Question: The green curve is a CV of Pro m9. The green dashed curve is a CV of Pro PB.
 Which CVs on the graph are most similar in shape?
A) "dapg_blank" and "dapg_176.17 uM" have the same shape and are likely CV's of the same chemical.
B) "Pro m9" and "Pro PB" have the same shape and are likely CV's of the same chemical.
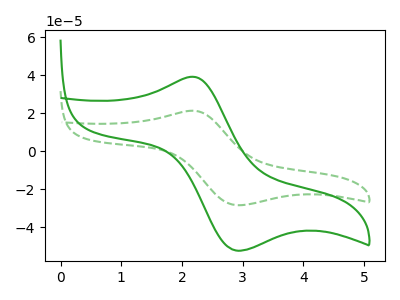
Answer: <think>The green curve "Pro m9" has an anodic peak at (2.20V, 39.10uA) and a cathodic peak at (2.90V, -52.35uA). The green dashed curve "Pro PB" has an anodic peak at (2.20V, 21.25uA) and a cathodic peak at (2.90V, -28.40uA).
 All the peaks in "Pro m9" have a peak in "Pro PB" at the same potential. Every peak in "Pro m9" is higher than every peak in "Pro PB".</think>
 <answer>B) "Pro m9" and "Pro PB" have the same shape and are likely CV's of the same chemical.</answer>
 <eval>B</eval>